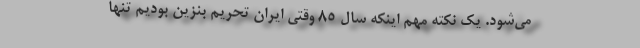
می‌شود. یک نکته مهم اینکه سال ۸۵ وقتی ایران تحریم بنزین بودیم تنها